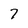
Character: 7